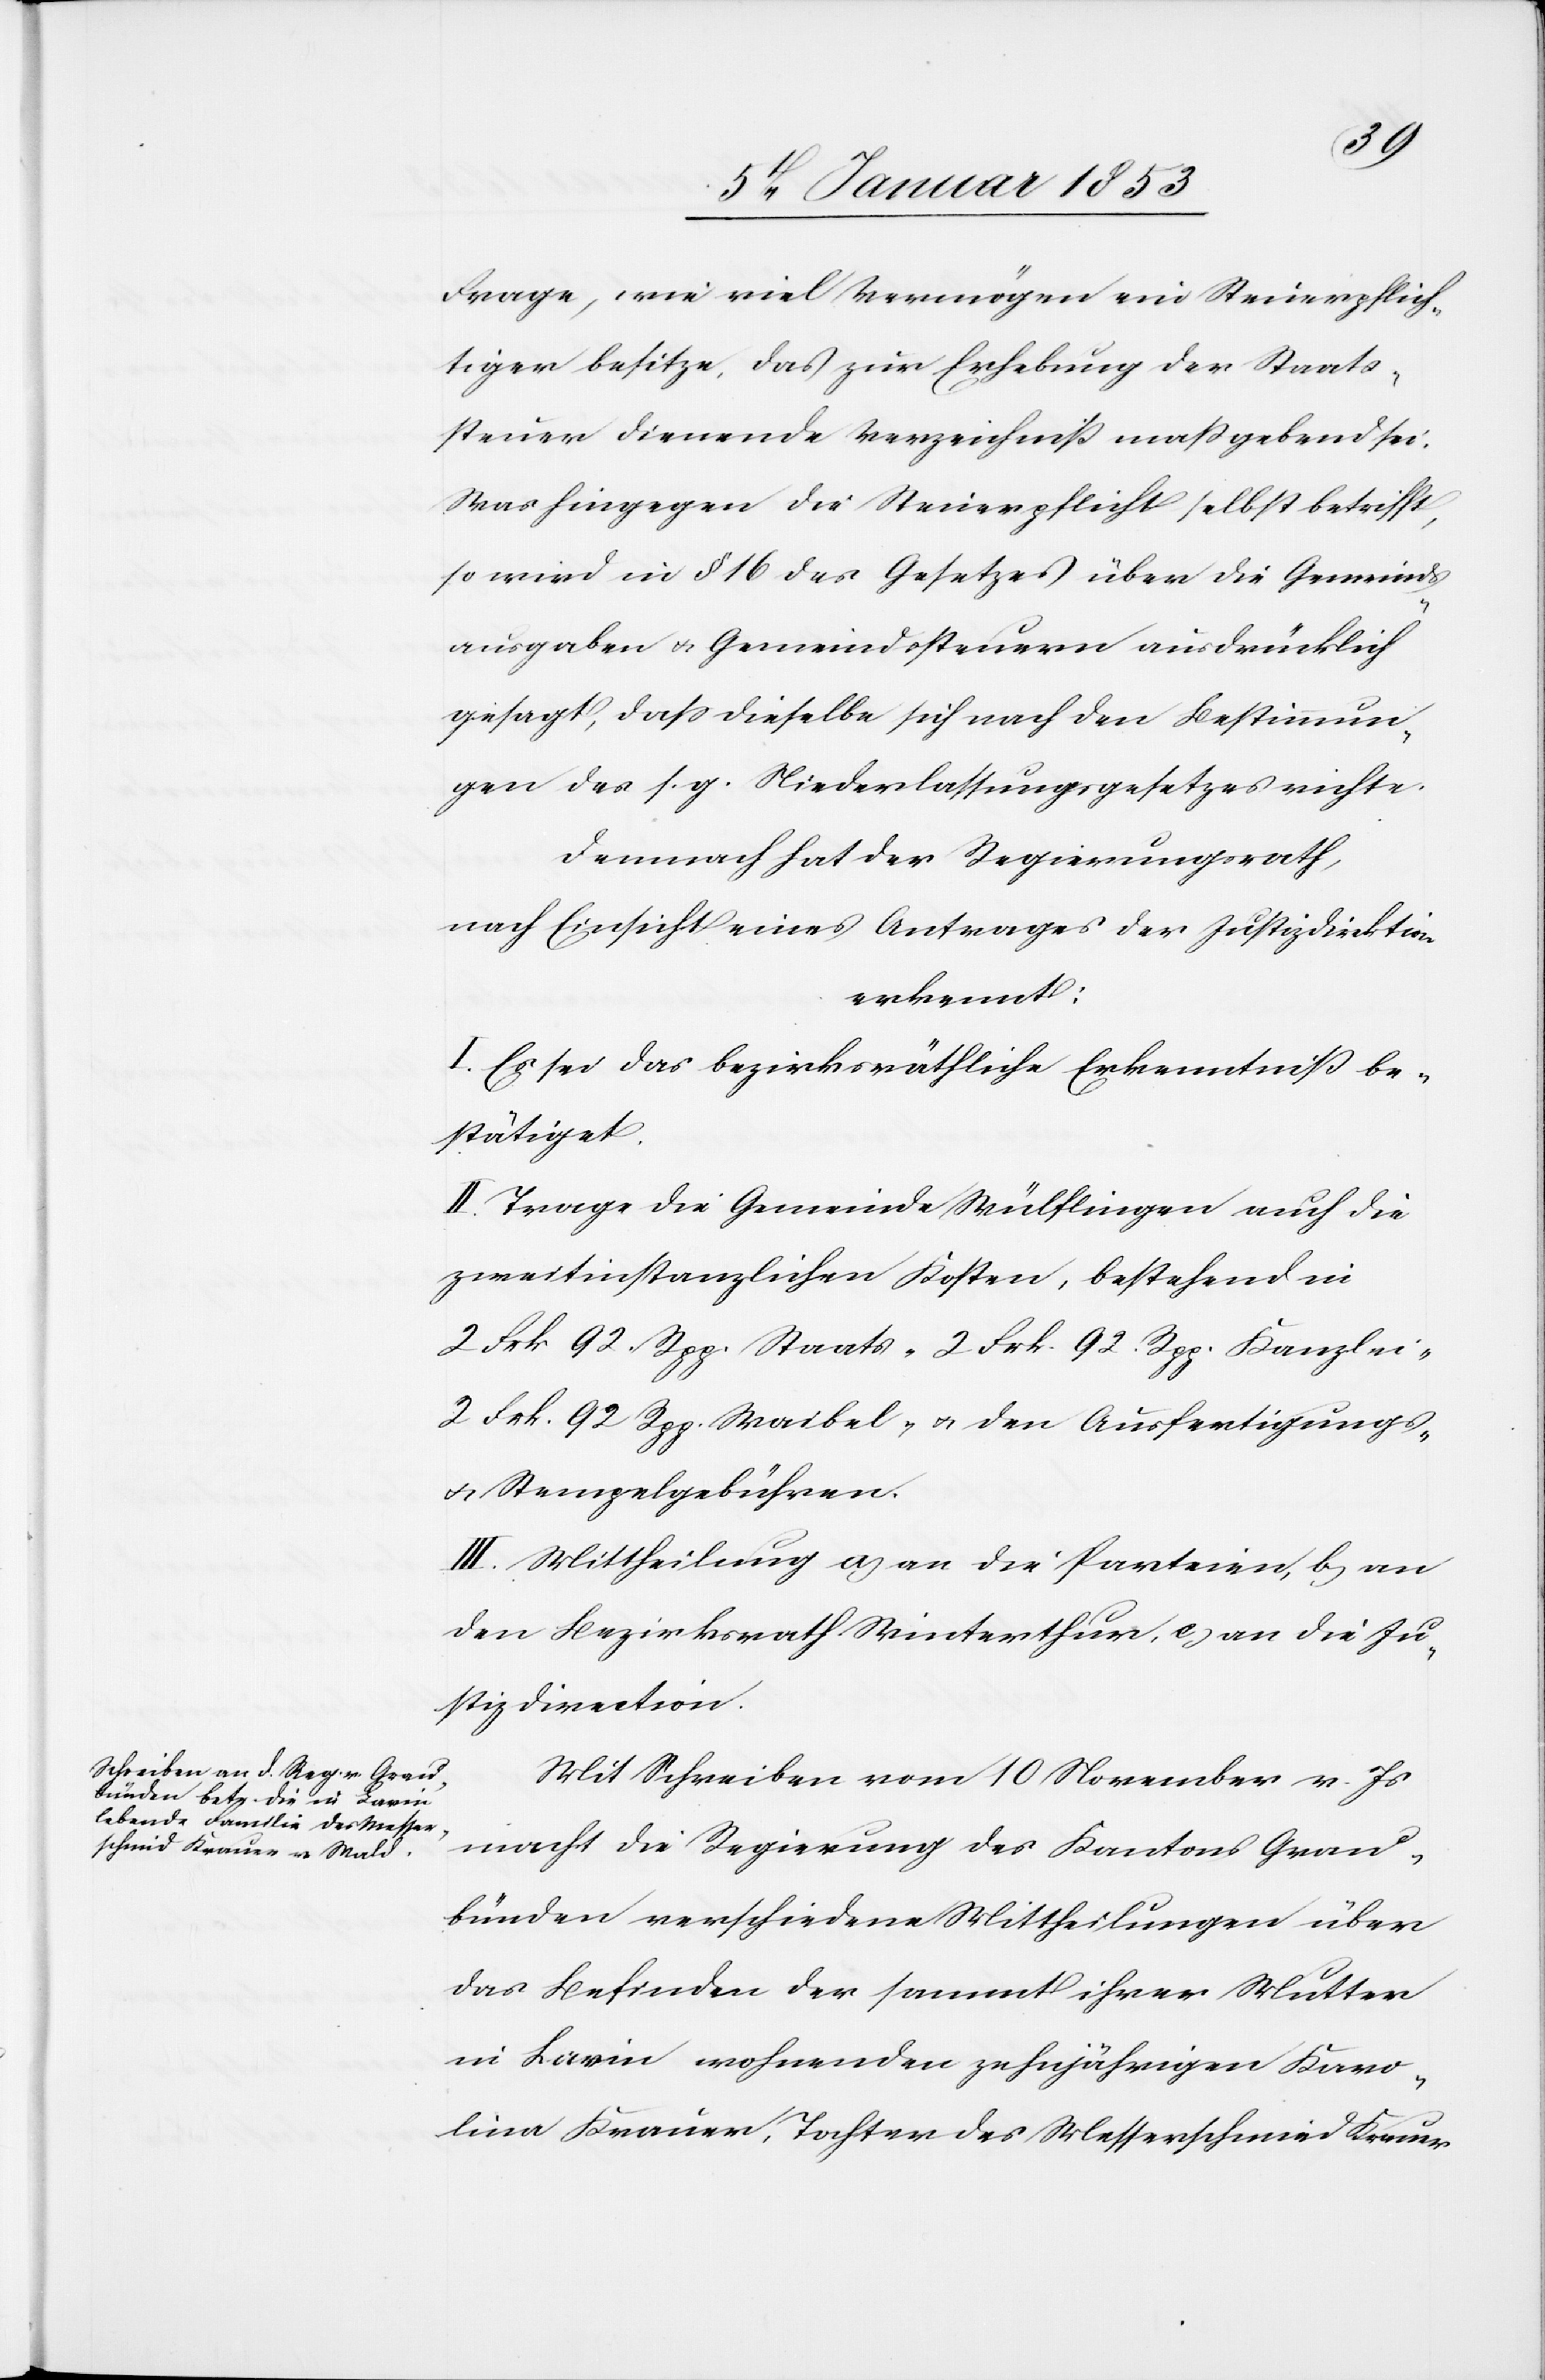
Frage, wie viel Vermögen ein Steuerpflich¬
tiger besitze, dass zur Erhebung der Staats¬
steuer dienende Verzeichniß massgebend sei.
Was hingegen die Steuerpflicht selbst betrifft,
so wird in § 16 des Gesetzes über die Gemeinds¬
ausgaben u. Gemeindssteuern ausdrücklich
gesagt, dass dieselbe sich nach den Bestimmun¬
gen des s. g. Niederlassungsgesetzes richte.
Demnach hat der Regierungsrath,
nach Einsicht eines Antrages der Justizdirektion
erkennt:
I. Es sei das bezirksräthliche Erkenntniß be¬
stätiget.
II. Trage die Gemeinde Wülflingen auch die
zweitinstanzlichen Kosten, bestehend in
2 Frk 92. Rpp. Waibel- u. den Ausfertigungs-
u. Stempelgebühren.
III. Mittheilung a an die Petentin, b an
den Bezirksrath Winterthur, c an die Ju¬
stizdirektion.
Mit Schreiben vom 10 November v. Js.
macht die Regierung des Kantons Grau¬
bünden verschiedene Mittheilungen über
das Befinden der sammt ihrer Mutter
in Lavin wohnenden zehnjährigen Karo¬
lina Krauer, Tochter des Messerschmied Krauer